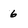
Character: 6